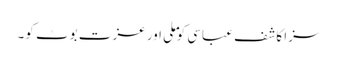
سزا کاشف عباسی کو ملی اور عزت بوٹ کو۔